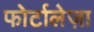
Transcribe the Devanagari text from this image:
फोर्टालेज़ा